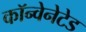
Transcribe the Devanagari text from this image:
कॉन्वेनेटेड